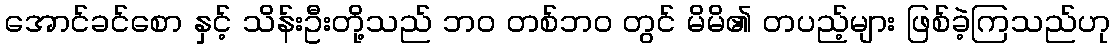
အောင်ခင်စော နှင့် သိန်းဦးတို့သည် ဘဝ တစ်ဘဝ တွင် မိမိ၏ တပည့်များ ဖြစ်ခဲ့ကြသည်ဟု